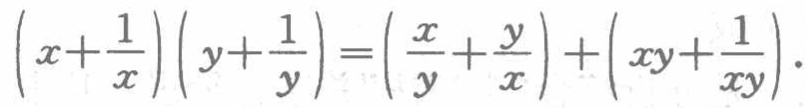
\(\left(x+\frac{1}{x}\right)\left(y+\frac{1}{y}\right)=\left(\frac{x}{y}+\frac{y}{x}\right)+\left(xy+\frac{1}{xy}\right)\)